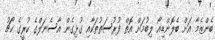
ބެންޒެމާ އަށް ބެލޮންޑިއޯ ލިބުމަށް އޮތް ފުރުސަތުތަކާއި ގުޅިގެން އާސެނަލްގެ ކުރީގެ ކޯޗު